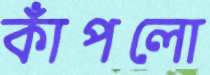
কাঁপলো